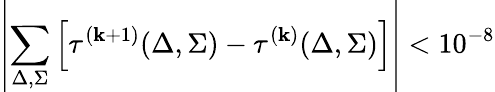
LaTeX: \displaystyle\left|\sum_{\Delta,\Sigma}\left[\tau^{(\mathbf{k}+1)}(\Delta,\Sigma)-\tau^{(\mathbf{k})}(\Delta,\Sigma)\right]\right|<10^{-8}